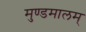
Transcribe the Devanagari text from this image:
मुण्डमालम्